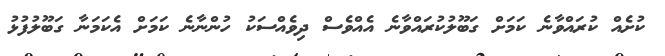
ކުށެއް ކުރައްވާނެ ކަމަށް ގަބޫލުކުރައްވާނެ އެއްވެސް ދިވެއްސަކު ހުންނާނެ ކަމަށް އެކަމަނާ ގަބޫލުފުޅު